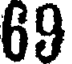
69